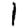
Digit: 1